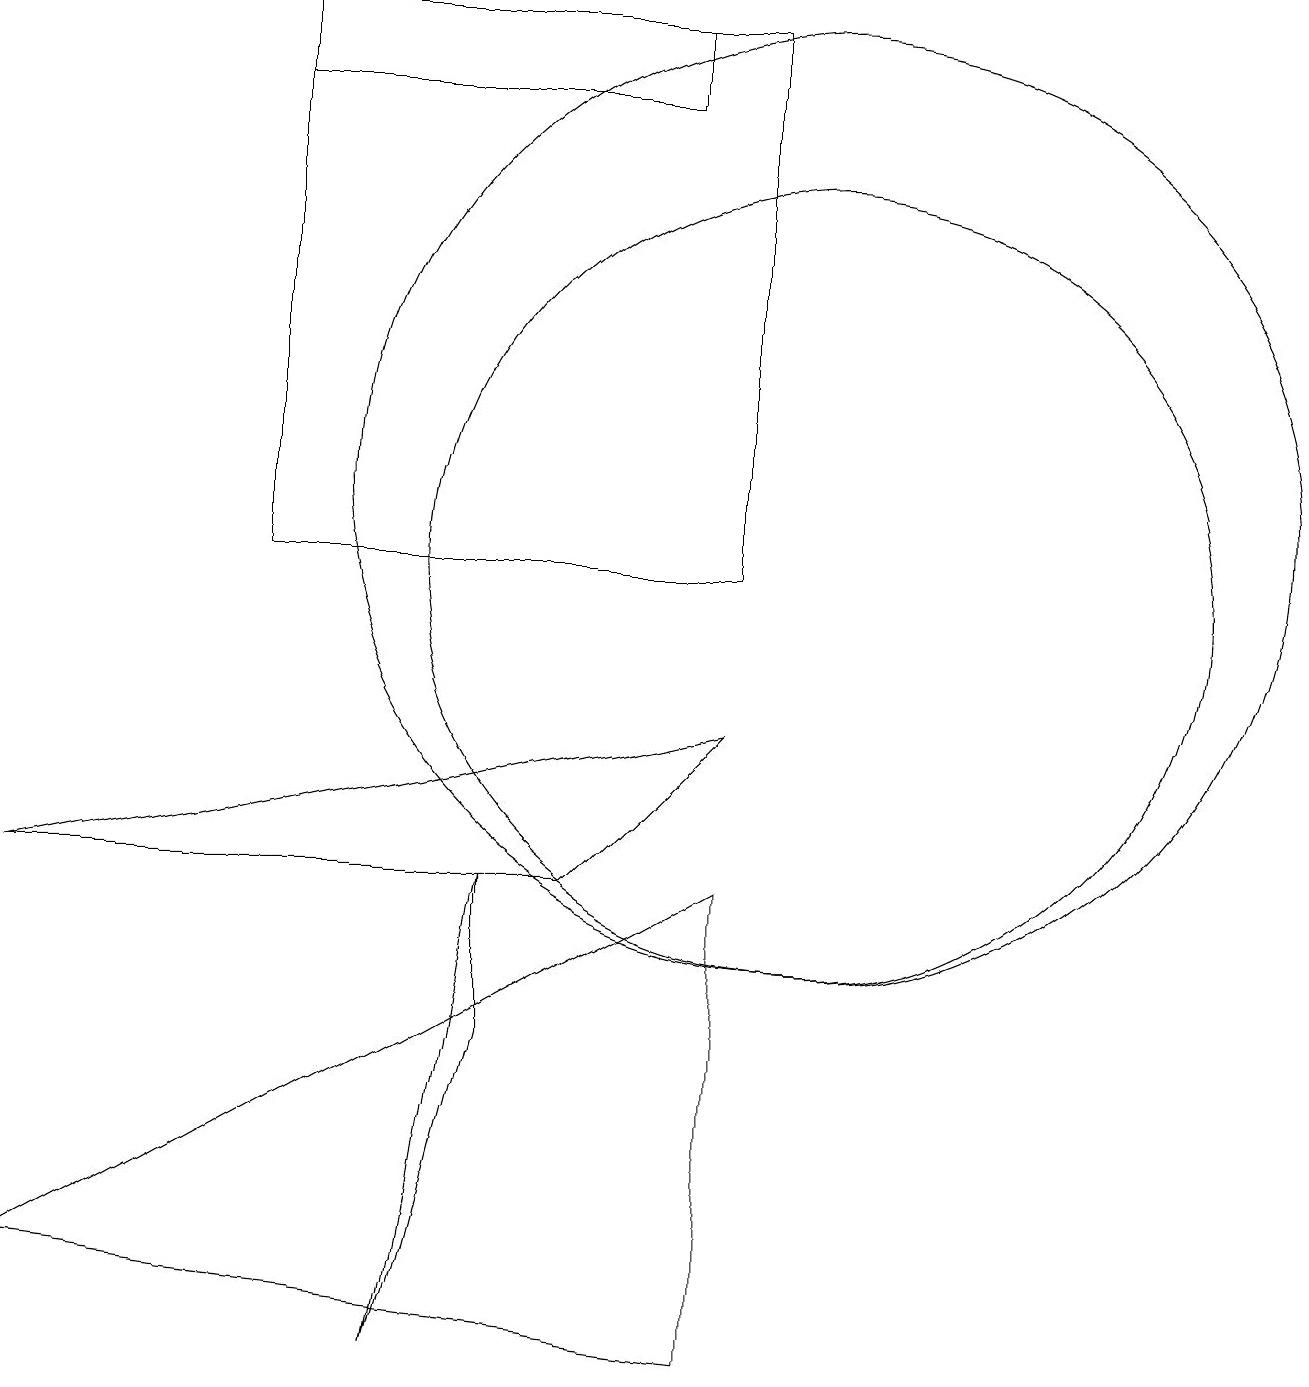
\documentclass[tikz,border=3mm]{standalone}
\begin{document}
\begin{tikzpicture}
\draw (9,8) -- (7,6) -- (0,6) -- cycle;
\draw (0,1) -- (9,0) -- (9,6) -- cycle;
\draw (6,4) -- (6,6) -- (5,0) -- cycle;
\draw (9,10) rectangle (3,17);
\draw (8,17) rectangle (3,16);
\draw (10,10) circle (5);
\draw (10,11) circle (6);
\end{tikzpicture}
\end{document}